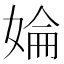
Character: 婨